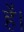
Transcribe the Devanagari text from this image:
हे॑।